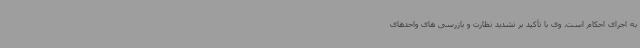
به اجرای احکام است. وی با تأکید بر تشدید نظارت و بازرسی های واحدهای